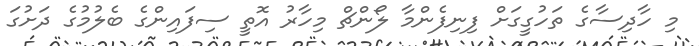
މި ހާދިސާގެ ތަހުގީގަށް ފިނިފެންމާ ލޯންޗް މިހާރު އޮތީ ސިފައިންގެ ބެލުމުގެ ދަށުގަ